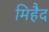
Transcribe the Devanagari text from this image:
मिहैद